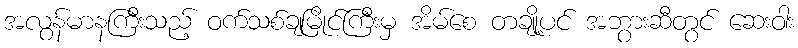
အလွန်မာနကြီးသည့် ဝက်သစ်ချမြိုင်ကြီးမှ အိမ်စေ တချို့ပင် အဘွားဆီတွင် ဆေးဝါး